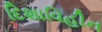
દિશાવિહીન